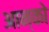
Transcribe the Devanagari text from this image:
आन्को